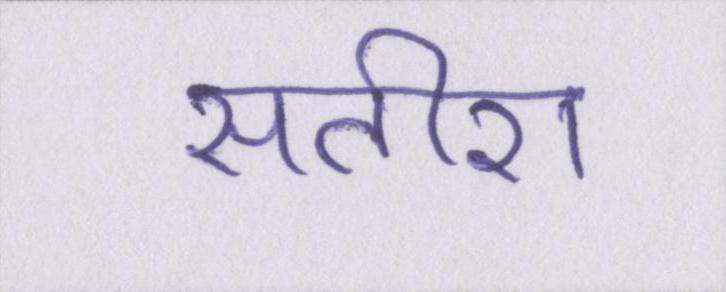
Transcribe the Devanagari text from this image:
सतीश